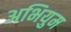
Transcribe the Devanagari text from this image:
अभियुम